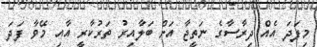
މިފަދަ އެއް ދިރާސާގެ ނަތީޖާ އަށް ބަލާއިރު ތަރުކާރީ އާއި މޭވާ ފަދަ